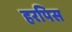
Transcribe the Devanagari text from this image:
हरपिस